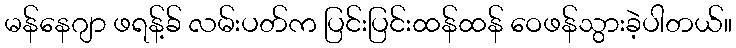
မန်နေဂျာ ဖရန့်ခ် လမ်းပတ်က ပြင်းပြင်းထန်ထန် ဝေဖန်သွားခဲ့ပါတယ်။